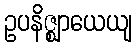
ဥပနိဇ္ဈာယေယျ